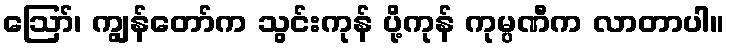
ဪ၊ ကျွန်တော်က သွင်းကုန် ပို့ကုန် ကုမ္ပဏီက လာတာပါ။